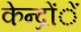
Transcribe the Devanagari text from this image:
केन्द्रोंें